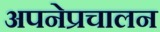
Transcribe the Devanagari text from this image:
अपनेप्रचालन